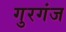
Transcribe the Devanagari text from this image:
गुरगंज